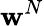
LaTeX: \mathbf{w}^{N}